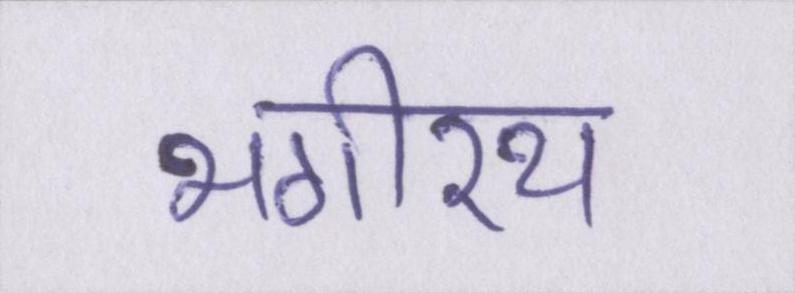
भगीरथ